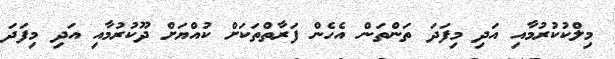
މިލްކުކުރުމާއި އަދި މިފަދަ ތަންތަން އެހެން ފަރާތްތަކަށް ކުއްޔަށް ދޫކުރުމާއި އަދި މިފަދަ